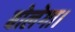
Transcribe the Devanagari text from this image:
बोलेगा।